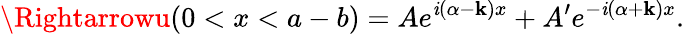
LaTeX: \Rightarrowu(0<x<a-b)=Ae^{\mathit{i}(\alpha-\mathbf{k})x}+A^{\prime}e^{-\mathit{i}(\alpha+\mathbf{k})x}.\,